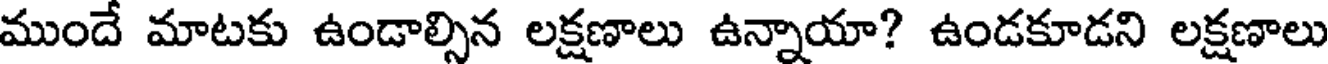
ముందే మాటకు ఉండాల్సిన లక్షణాలు ఉన్నాయా? ఉండకూడని లక్షణాలు